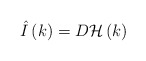
\begin{align*}\hat I\left( k\right) =D{\cal H}\left( k\right) \end{align*}